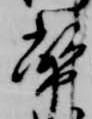
幣